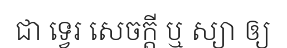
ជា ទ្វេរ សេចក្តី ឬ ស្យា ឲ្យ